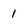
Character: 1